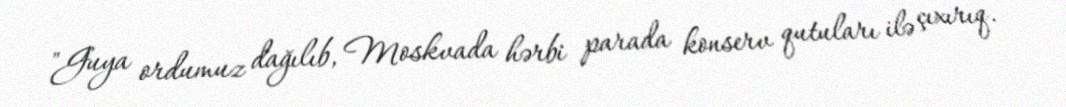
"Guya ordumuz dağılıb, Moskvada hərbi parada konserv qutuları ilə çıxırıq.